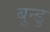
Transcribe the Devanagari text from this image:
बुन्डु